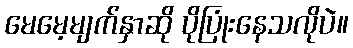
မေမေ့မျက်နှာဆို ပိုပြုံးနေသလိုပဲ။